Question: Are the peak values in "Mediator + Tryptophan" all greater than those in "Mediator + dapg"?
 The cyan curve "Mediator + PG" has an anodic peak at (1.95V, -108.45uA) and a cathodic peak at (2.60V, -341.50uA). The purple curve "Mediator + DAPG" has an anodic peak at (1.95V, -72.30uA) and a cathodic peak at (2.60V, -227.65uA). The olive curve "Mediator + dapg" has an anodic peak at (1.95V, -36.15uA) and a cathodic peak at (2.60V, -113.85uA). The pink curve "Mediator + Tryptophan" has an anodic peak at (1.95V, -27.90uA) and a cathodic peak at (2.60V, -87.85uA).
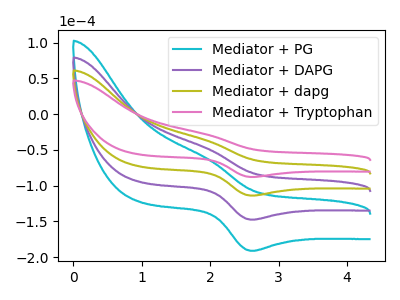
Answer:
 <answer>The peaks in "Mediator + Tryptophan" are neither all higher or all lower than the peaks in "Mediator + dapg".</answer>
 <eval>mixed</eval>